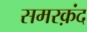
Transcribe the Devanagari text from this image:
समरक़ंद